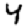
Digit: 4